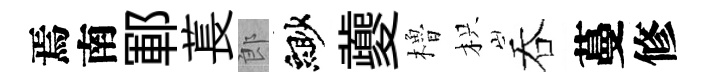
焉南鄆萇郎緲夔櫓枳吞蔓修